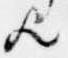
歟